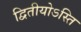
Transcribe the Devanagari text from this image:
द्वितीयोऽस्ति